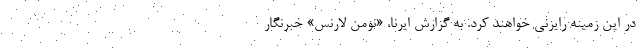
در این زمینه رایزنی خواهند کرد. به گزارش ایرنا، «نومن لارنس» خبرنگار